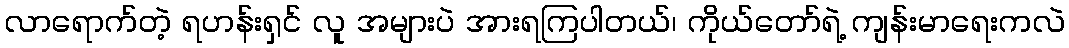
လာရောက်တဲ့ ရဟန်းရှင် လူ အများပဲ အားရကြပါတယ်၊ ကိုယ်တော်ရဲ့ ကျန်းမာရေးကလဲ